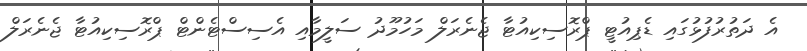
އެ ދަތުރުފުޅުގައި ޑެޕިއުޓީ ޕްރޮސިކިއުޓާ ޖެނެރަލް މަހުމޫދު ސަލީމާއި އެސިސްޓެންޓް ޕްރޮސިކިއުޓާ ޖެނެރަލް